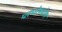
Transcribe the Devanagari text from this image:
परंपरेमधील